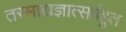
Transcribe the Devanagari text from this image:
तस्माद्यज्ञात्सर्वहुत